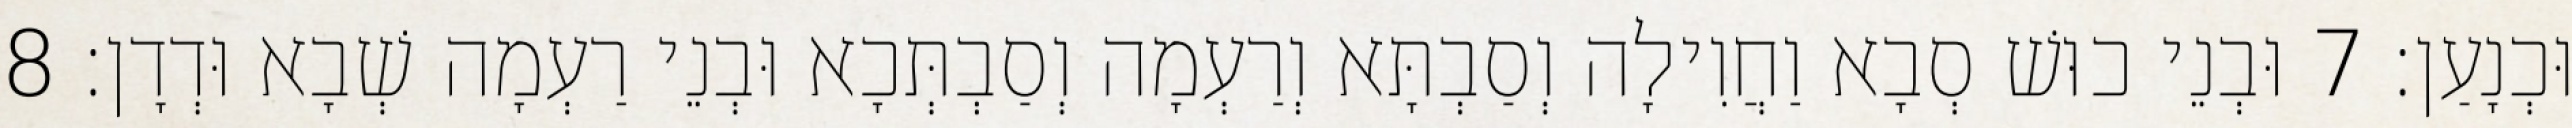
וּכְנָעַן׃ 7 וּבְנֵי כוּשׁ סְבָא וַחֲוִילָה וְסַבְתָּא וְרַעְמָה וְסַבְתְּכָא וּבְנֵי רַעְמָה שְׁבָא וּדְדָן׃ 8